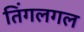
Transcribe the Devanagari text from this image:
तिंगलगल